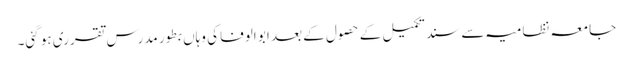
جامعہ نظامیہ سے سند تکمیل کے حصول کے بعد ابو الوفا کی وہاں بطور مدرس تقرری ہو گئی۔